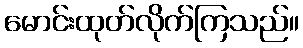
မောင်းထုတ်လိုက်ကြသည်။